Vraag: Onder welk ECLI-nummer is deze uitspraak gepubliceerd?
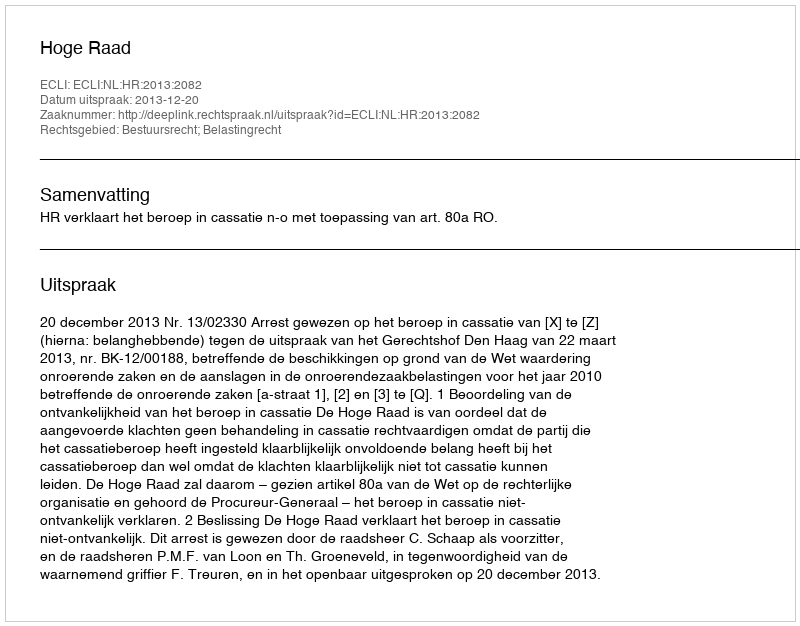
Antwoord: ECLI:NL:HR:2013:2082